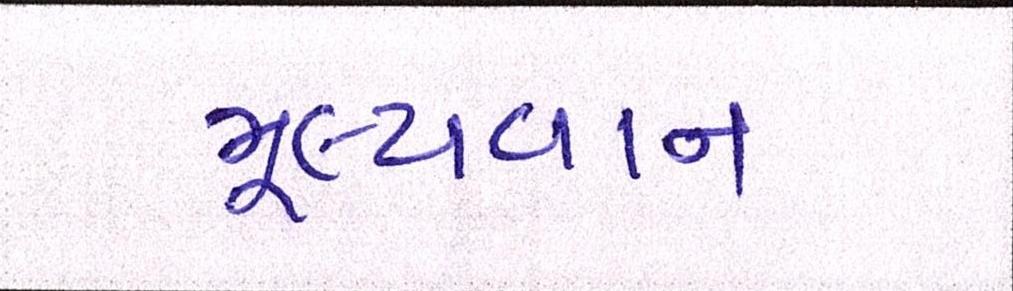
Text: મૂલ્યવાન